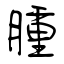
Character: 腫